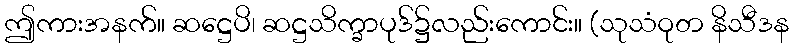
ဤကားအနက်။ ဆဋ္ဌေပိ၊ ဆဋ္ဌသိက္ခာပုဒ်၌လည်းကောင်း။ (သုသံဝုတ နိသီဒန